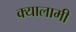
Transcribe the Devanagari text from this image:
क्यालामी